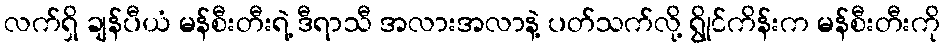
လက်ရှိ ချန်ပီယံ မန်စီးတီးရဲ့ ဒီရာသီ အလားအလာနဲ့ ပတ်သက်လို့ ရွိုင်ကိန်းက မန်စီးတီးကို